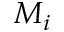
M _ { i }